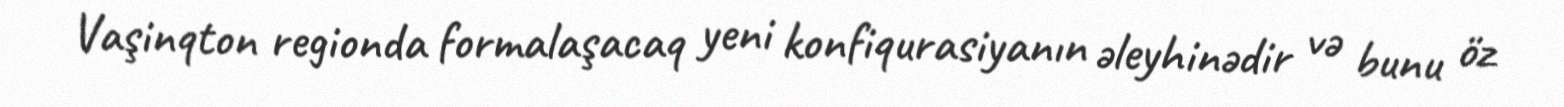
Vaşinqton regionda formalaşacaq yeni konfiqurasiyanın əleyhinədir və bunu öz